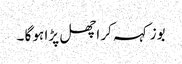
بوز کہہ کر اچھل پڑا ہو گا ۔